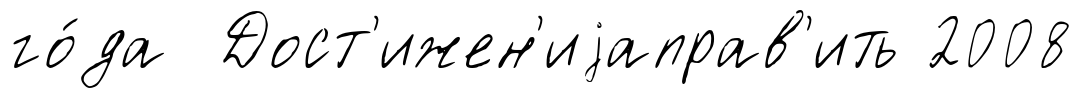
го́да Дост'ижен'иjаправ'ить 2008